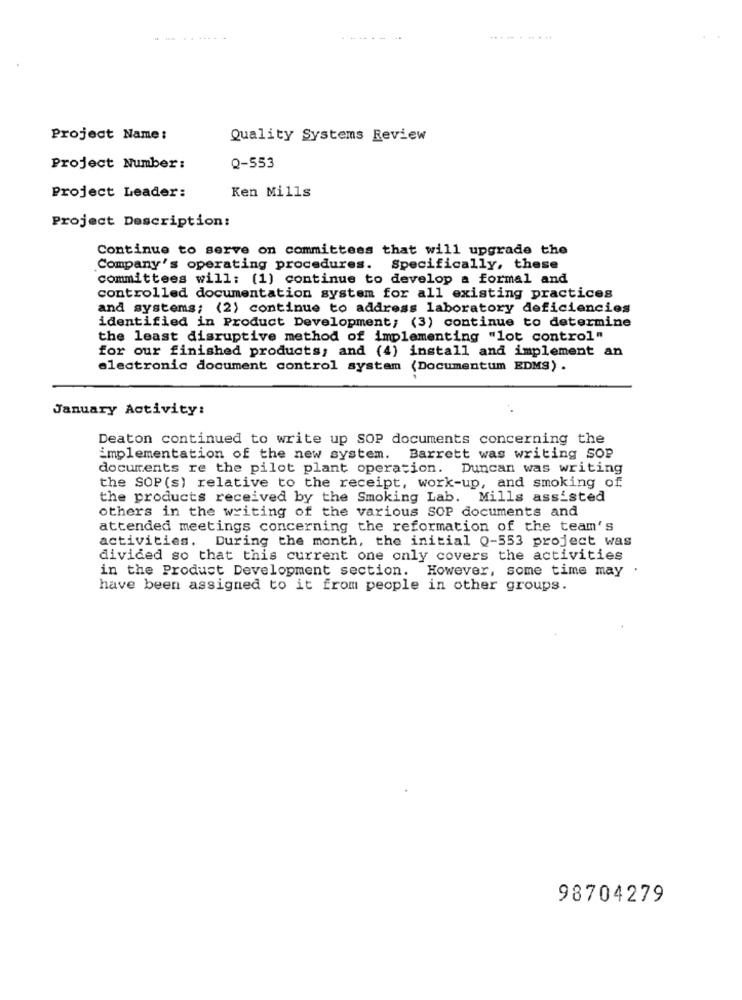
........
Project Name:
Quality Systems Review
Project Number:
Q-553
Ken Mills
Project Leader:
Project Description:
Continue to serve on committees that will upgrade the
Company's operating procedures. Specifically, these
committees will: (1) continue to develop a formal and
controlled documentation system for all existing practices
and systems; (2) continue to address laboratory deficiencies
identified in Product Development; (3) continue to determine
the least disruptive method of implementing "lot control"
for our finished products, and (4) install and implement an
electronic document control system (Documentum EDMS) .
January Activity:
Deaton continued to write up SOP documents concerning the
implementation of the new system. Barrett was writing sOP
documents re the pilot plant operation. Duncan was writing
the SOP (s) relative to the receipt, work-up, and smoking of
the products received by the Smoking Lab. Mills assisted
others in the writing of the various SOP documents and
attended meetings concerning the reformation of the team's
activities. During the month, the initial Q-553 project was
divided so that this current one only covers the activities
in the Product Development section. However, some time may
have been assigned to it from people in other groups.
98704279